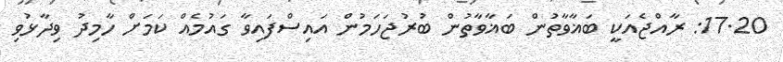
17.20: ރާއްޖެއަކީ ބަޣާވާތުން ބަޣާވާތުން ބުރުޖަހަމުން އައިސްފައިވާ ގައުމެއް ކަމަށް ހާމިދު ވިދާޅުވި